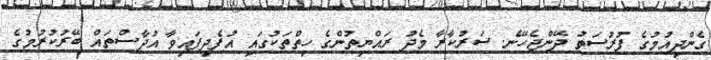
ގެންދިއުމުގެ ފުރުސަތު ދޭންޖެހޭނެ. ސަރުކާރާ މެދު ރައްޔިތުންގެ ހިތްތަކުގައި އުފެދިފައިވާ އުދާސްތައް ބޭރުކުރުމުގެ